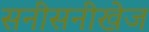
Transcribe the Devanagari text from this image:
सनीसनीखेज